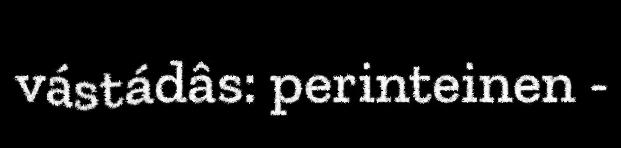
vástádâs: perinteinen -